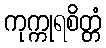
ကုက္ကုရစိတ္တံ